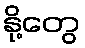
နို့တွေ